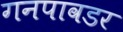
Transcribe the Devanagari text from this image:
गनपावडर